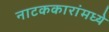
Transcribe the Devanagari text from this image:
नाटककारांमध्ये